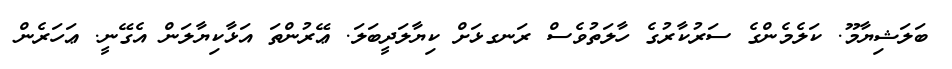
ބަލަޝިޔާމޫ. ކަލެމެންގެ ސަރުކާރުގެ ހާލަތުވެސް ރަނގޅަށް ކިޔާލަދީބަލަ. ޢޭރުންތަ އަޅާކިޔާލަން އެގޭނީ. ޢަހަރެން